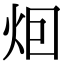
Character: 𤇆